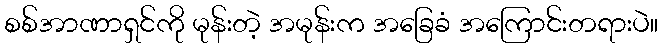
စစ်အာဏာရှင်ကို မုန်းတဲ့ အမုန်းက အခြေခံ အကြောင်းတရားပဲ။